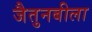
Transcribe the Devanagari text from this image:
जैतुनबीला